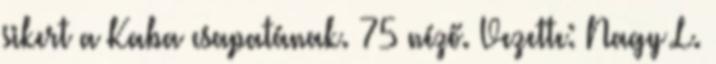
sikert a Kaba csapatának. 75 néző. Vezette: Nagy L.